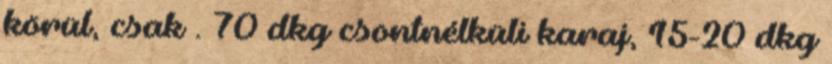
körül, csak . 70 dkg csontnélküli karaj, 15-20 dkg